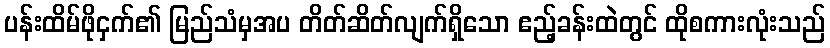
ပန်းထိမ်ဖိုငှက်၏ မြည်သံမှအပ တိတ်ဆိတ်လျက်ရှိသော ဧည့်ခန်းထဲတွင် ထိုစကားလုံးသည်